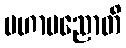
မဟာပညောတိ